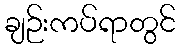
ချဉ်းကပ်ရာတွင်